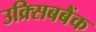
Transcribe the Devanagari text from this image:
उक्र्सिबबैंक